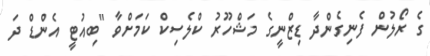
ގެ ރޯލުން ފެނިގެންދާ ޑިޒްނީގެ މަޝްހޫރު ކްލެސިކް ކަމަށްވާ "ބިއުޓީ އެންޑް ދަ